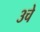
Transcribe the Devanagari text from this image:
३चे